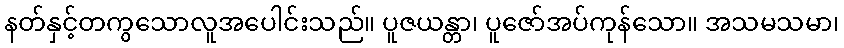
နတ်နှင့်တကွသောလူအပေါင်းသည်။ ပူဇယန္တာ၊ ပူဇော်အပ်ကုန်သော။ အသမသမာ၊